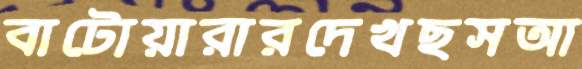
বাটোয়ারারদেখছসআ